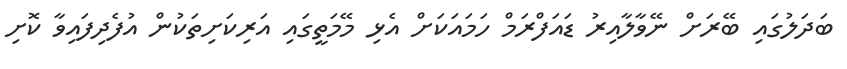
ބަދަލުގައި ބޭރަށް ނޭވާލާއިރު ޑައަފްރަމް ހަމައަކަށް އެޅި މޭމަތީގައި އަރިކަށިތަކުން އުފެދިފައިވާ ކޮށި